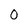
Character: O